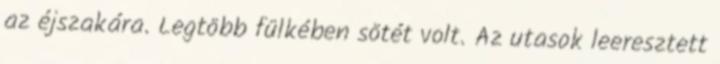
az éjszakára. Legtöbb fülkében sötét volt. Az utasok leeresztett